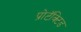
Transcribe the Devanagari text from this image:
प्रोटॅक्टिड